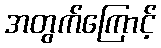
အတွက်ကြောင့်